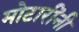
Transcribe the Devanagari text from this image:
मोटारींनी